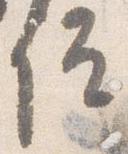
院